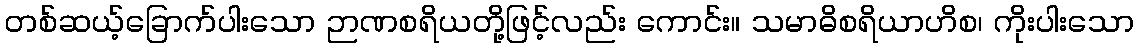
တစ်ဆယ့်ခြောက်ပါးသော ဉာဏစရိယတို့ဖြင့်လည်း ကောင်း။ သမာဓိစရိယာဟိစ၊ ကိုးပါးသော